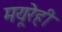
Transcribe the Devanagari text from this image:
मयूरेही